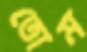
তোম